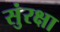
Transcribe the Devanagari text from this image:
सुंरक्षा